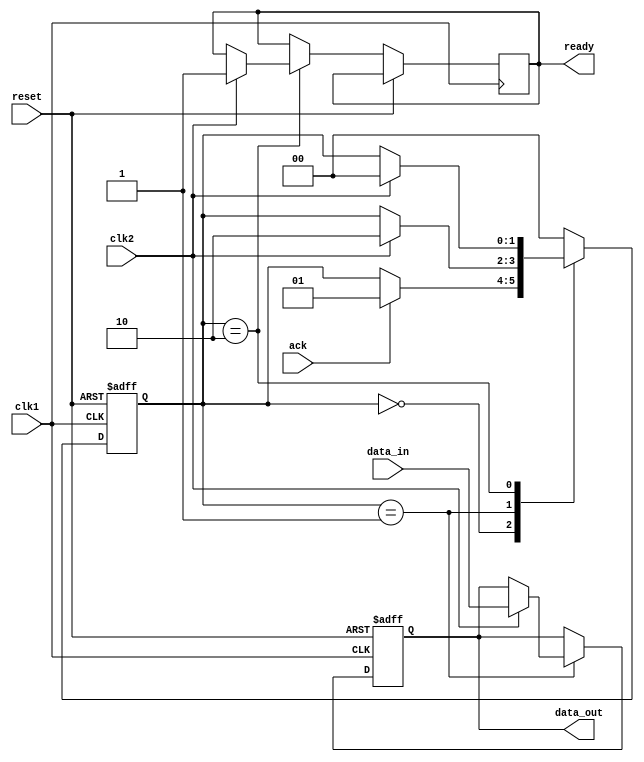
module synchronizer_with_handshaking (
    input wire clk1,  // Clock signal from domain 1
    input wire clk2,  // Clock signal from domain 2
    input wire reset,
    input wire data_in,
    output reg data_out,
    output reg ready,
    input wire ack
);

reg [1:0] state;
parameter IDLE = 2'b00;
parameter SYNC = 2'b01;
parameter STROBE = 2'b10;

always @ (posedge clk1 or posedge reset)
begin
    if (reset) begin
        state <= IDLE;
        data_out <= 1'b0;
    end else begin
        case (state)
            IDLE: begin
                if (ack) begin
                    state <= SYNC;
                end
            end
            SYNC: begin
                if (clk2) begin
                    data_out <= data_in;
                    state <= STROBE;
                end
            end
            STROBE: begin
                if (clk2) begin
                    ready <= 1'b1;
                    state <= IDLE;
                end
            end
            default:
                state <= IDLE;
        endcase
    end
end

endmodule